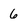
Character: 6